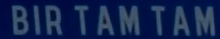
BIR TAM TAM